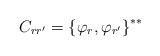
LaTeX: \begin{align*}C_{rr^\prime}={\{\varphi_r,\varphi_{r^\prime}\}}^{**}\end{align*}